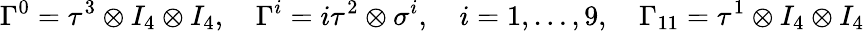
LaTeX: \Gamma^{0}=\tau^{3}\otimes I_{4}\otimes I_{4},\quad\Gamma^{i}=i\tau^{2}\otimes\sigma^{i},\quad i=1,\dots,9,\quad\Gamma_{11}=\tau^{1}\otimes I_{4}\otimes I_{4}